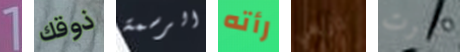
1 ذوقك الرسمة رأته تاريخي دبرت